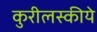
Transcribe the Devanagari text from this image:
कुरीलस्कीये